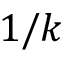
1 / k